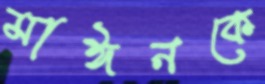
মাঈনকে